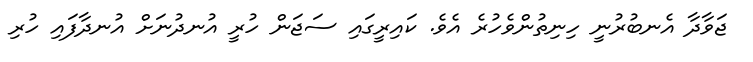
ޖަވާދާ އެނބުރުނީ ހިނިތުންވެހުރެ އެވެ. ކައިރީގައި ސަޖަން ހުރީ އުނދުނަށް އުނދާފައި ހުރި